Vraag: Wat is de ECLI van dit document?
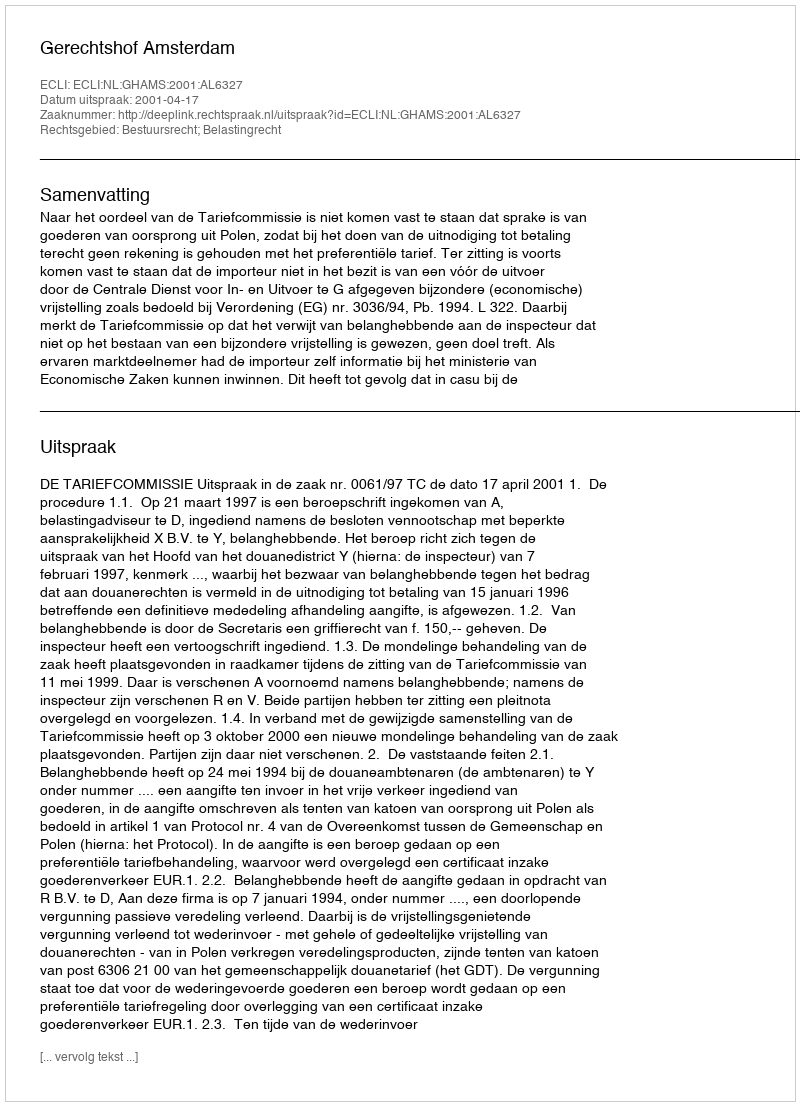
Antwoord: ECLI:NL:GHAMS:2001:AL6327